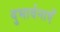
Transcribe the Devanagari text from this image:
दुभार्वनाएँ